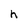
Character: h